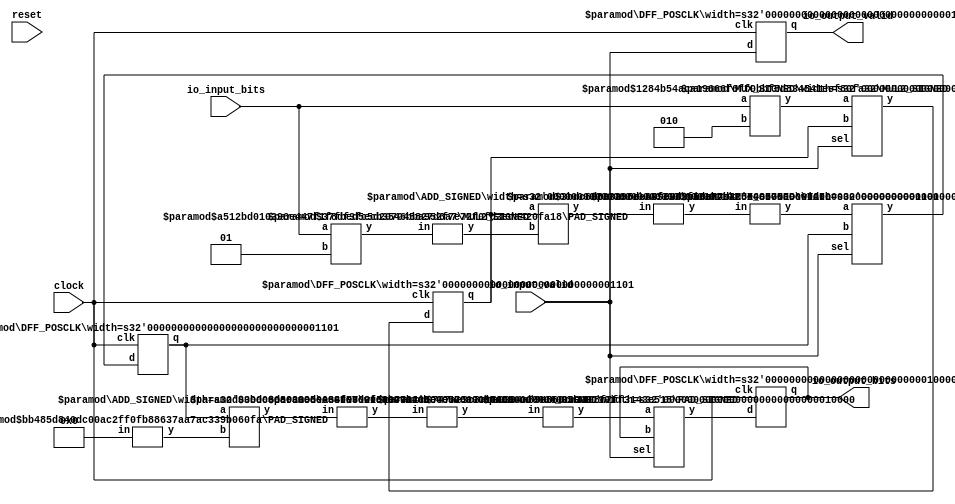
module ConstantTapTransposedStreamingFIR(
    input clock,
    input reset,
    input io_input_valid,
    input [9:0] io_input_bits,
    output io_output_valid,
    output [15:0] io_output_bits
);
    wire [12:0] products_0;
    MUL2_SIGNED #(.width_a(10), .width_b(3)) s_mul2_1 (
        .y(products_0),
        .a(io_input_bits),
        .b(3'sh2)
    );
    wire [11:0] products_1;
    MUL2_SIGNED #(.width_a(10), .width_b(2)) s_mul2_2 (
        .y(products_1),
        .a(io_input_bits),
        .b(2'sh1)
    );
    wire [10:0] products_2;
    assign products_2 = 11'sh0;
    wire [15:0] _last__q;
    wire [15:0] _last__d;
    DFF_POSCLK #(.width(16)) last (
        .q(_last__q),
        .d(_last__d),
        .clk(clock)
    );
    wire [12:0] __T_16__q;
    wire [12:0] __T_16__d;
    DFF_POSCLK #(.width(13)) _T_16 (
        .q(__T_16__q),
        .d(__T_16__d),
        .clk(clock)
    );
    wire [13:0] _T_17;
    wire [12:0] _WTEMP_0;
    PAD_SIGNED #(.width(12), .n(13)) s_pad_3 (
        .y(_WTEMP_0),
        .in(products_1)
    );
    ADD_SIGNED #(.width(13)) s_add_4 (
        .y(_T_17),
        .a(__T_16__q),
        .b(_WTEMP_0)
    );
    wire [12:0] _T_18;
    TAIL #(.width(14), .n(1)) tail_5 (
        .y(_T_18),
        .in(_T_17)
    );
    wire [12:0] _T_19;
    ASSINT #(.width(13)) assint_6 (
        .y(_T_19),
        .in(_T_18)
    );
    wire [12:0] __T_21__q;
    wire [12:0] __T_21__d;
    DFF_POSCLK #(.width(13)) _T_21 (
        .q(__T_21__q),
        .d(__T_21__d),
        .clk(clock)
    );
    wire [13:0] _T_22;
    wire [12:0] _WTEMP_1;
    PAD_SIGNED #(.width(11), .n(13)) s_pad_7 (
        .y(_WTEMP_1),
        .in(products_2)
    );
    ADD_SIGNED #(.width(13)) s_add_8 (
        .y(_T_22),
        .a(__T_21__q),
        .b(_WTEMP_1)
    );
    wire [12:0] _T_23;
    TAIL #(.width(14), .n(1)) tail_9 (
        .y(_T_23),
        .in(_T_22)
    );
    wire [12:0] nextLast;
    ASSINT #(.width(13)) assint_10 (
        .y(nextLast),
        .in(_T_23)
    );
    wire __T_25__q;
    wire __T_25__d;
    DFF_POSCLK #(.width(1)) _T_25 (
        .q(__T_25__q),
        .d(__T_25__d),
        .clk(clock)
    );
    MUX_SIGNED #(.width(13)) s_mux_11 (
        .y(__T_16__d),
        .sel(io_input_valid),
        .a(products_0),
        .b(__T_16__q)
    );
    MUX_SIGNED #(.width(13)) s_mux_12 (
        .y(__T_21__d),
        .sel(io_input_valid),
        .a(_T_19),
        .b(__T_21__q)
    );
    assign __T_25__d = io_input_valid;
    assign io_output_bits = _last__q;
    assign io_output_valid = __T_25__q;
    wire [15:0] _WTEMP_2;
    PAD_SIGNED #(.width(13), .n(16)) s_pad_13 (
        .y(_WTEMP_2),
        .in(nextLast)
    );
    MUX_SIGNED #(.width(16)) s_mux_14 (
        .y(_last__d),
        .sel(io_input_valid),
        .a(_WTEMP_2),
        .b(_last__q)
    );
endmodule //ConstantTapTransposedStreamingFIR
module MUL2_SIGNED(y, a, b);
    parameter width_a = 4;
    parameter width_b = 4;
    output [width_a+width_b-1:0] y;
    input [width_a-1:0] a;
    input [width_b-1:0] b;
    assign y = $signed(a) * $signed(b);
endmodule // MUL2_SIGNED
module DFF_POSCLK(q, d, clk);
    parameter width = 4;
    output reg [width-1:0] q;
    input [width-1:0] d;
    input clk;
    always @(posedge clk) begin
        q <= d;
    end
endmodule // DFF_POSCLK
module PAD_SIGNED(y, in);
    parameter width = 4;
    parameter n = 4;
    output [(n > width ? n : width)-1:0] y;
    input [width-1:0] in;
    assign y = n > width ? {{(n - width){in[width-1]}}, in} : in;
endmodule // PAD_SIGNED
module ADD_SIGNED(y, a, b);
    parameter width = 4;
    output [width:0] y;
    input [width-1:0] a;
    input [width-1:0] b;
    assign y = $signed(a) + $signed(b);
endmodule // ADD_SIGNED
module TAIL(y, in);
    parameter width = 4;
    parameter n = 2;
    output [width-n-1:0] y;
    input [width-1:0] in;
    assign y = in[width-n-1:0];
endmodule // TAIL
module ASSINT(y, in);
    parameter width = 4;
    output [width-1:0] y;
    input [width-1:0] in;
    assign y = $signed(in);
endmodule // ASSINT
module MUX_SIGNED(y, sel, a, b);
    parameter width = 4;
    output [width-1:0] y;
    input sel;
    input [width-1:0] a;
    input [width-1:0] b;
    assign y = sel ? $signed(a) : $signed(b);
endmodule // MUX_SIGNED